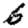
Digit: 6